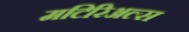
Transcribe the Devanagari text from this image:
मटिरिअल्स